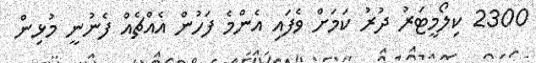
2300 ކިލޯމީޓަރު ދުރު ކަމަށް ވެފައި އެންމެ ފަހުން އެއްޗެއް ފެނުނީ މުޅިން